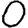
Digit: 0